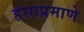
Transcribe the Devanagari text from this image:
हंसाप्रमाणे